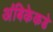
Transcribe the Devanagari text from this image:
अंबिकेकडे